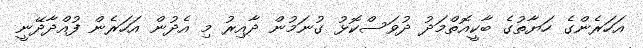
އަހަރެންގެ ހަޔާތުގެ ބާކީއޮތްމަދު ދުވަސްކޮޅު ގުނަމުން ދާއިރު މި އެދުން އަހަރެން ފުއްދާދޭނީ